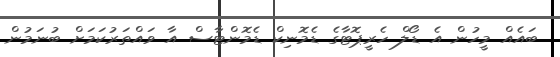
ބައެއް މީހުން އެ ޑޯލް ހެރީޕޮޓާގެ ޑެމޮނިކް ޑެމޮންޓާސް އާ ވައްތަރުކަމަށް ބުނަމުން